Leaving Certificate, 1900
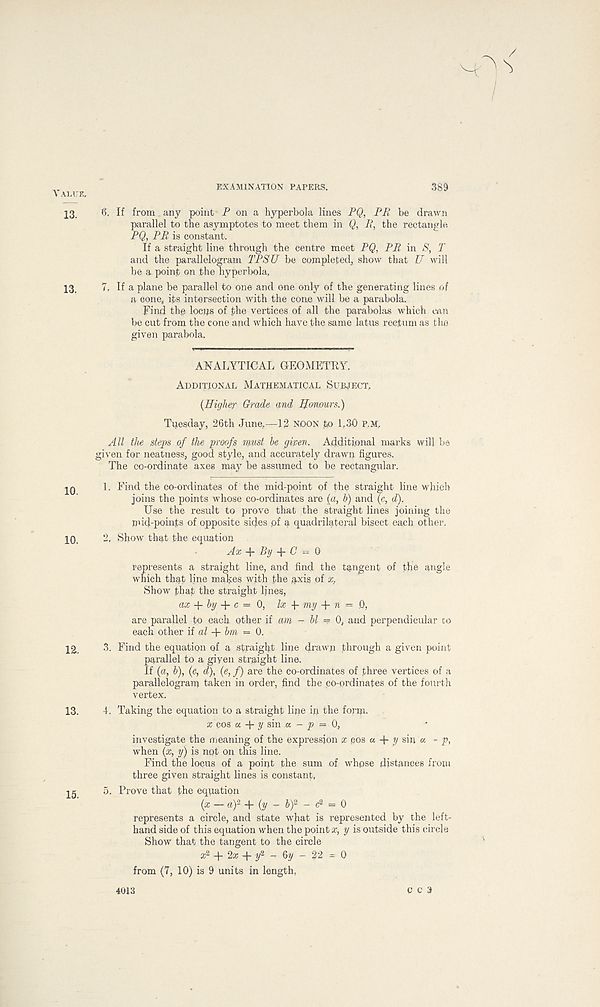
Value,
13.
13.
10.
10.
12.
13.
15.
Mr
EXAMINATION PAPERS.
389
6. If from any point P on a hyperbola lines PQ, PE be drawn
parallel to the asymptotes to meet them in Q, E, the rectangle
PQ, PE is constant.
If a straight line through the centre meet PQ, PE in S, T
and the parallelogram TPSU be completed, show that U will
be a point on the hyperbola,
7, If a plane be parallel to one and one only of the generating lines of
a cone, its intersection with the cone will be a parabola.
Find the locus of the vertices of all the parabolas which can
be cut from the cone and which have the same latus rectum as the
given parabola.
ANALYTICAL GEOMETRY.
Additional Mathematical Subject,
{High&r Grade and ffonmrs.)
Tuesday, 26th June,—12 NOON to 1,30 P.M,
All the steps of the proofs must be given. Additional marks will be
given for neatness, good style, and accurately drawn figures.
The co-ordinate axes may be assumed to be rectangular.
1. Find the co-ordinates of the mid-point of the straight line which
joins the points whose co-ordinates ai ? e {a, b) and (c, d),
Use the result to prove that the straight lines joining the
mid-points of opposite sides pf a quadrilateral bisect each other.
2. Show that the equation
Ax + ify -H 0 = G
represents a straight line, and find the tangent of the angle
which that line makes with the axis of x.
Show that the straight lines,
aa: -f + c = 0, lx my + n — 0,
are parallel to each other if am - bl = 0, and perpendicular to
each other ii al bm = . 0.
3. Find the equation of a straight line drawn through a given point
parallel to a giyen straight line.
If (a, b), (c, d), (e, f) are the co-ordinates of three vertices of a
parallelogram taken in order, find the co-ordinates of the fourth
vertex.
4. Taking the equation to a straight line ip the form.
a; cos a 4- y sin a - = 0,
investigate the meaning of the expression x cos a 4- y sin a - p,
when {x, y) is not on this line.
Find the locus of a point the sum of whpse distances from
three given straight lines is constant,
5. Prove that the equation
(x — a) 2 -f (y - &) a - e 2 = 0
represents a circle, and state what is represented by the left-
hand side of this equation when the point x, y is outside this circle
Show that the tangent to the circle
* 2 -(- 2* + y 2 - 6y - 22 = 0
from (7, 10) is 9 units in length.
4013
C C 3